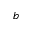
^ { b }